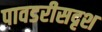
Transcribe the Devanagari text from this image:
पावडरीसदृश